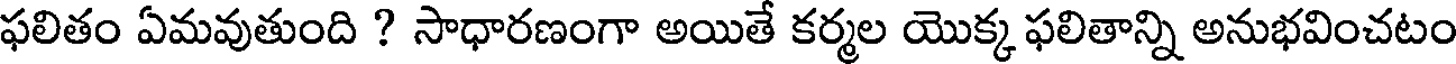
ఫలితం ఏమవుతుంది ? సాధారణంగా అయితే కర్మల యొక్క ఫలితాన్ని అనుభవించటం